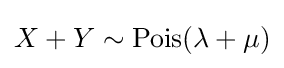
X+Y\sim \operatorname {Pois} (\lambda +\mu )